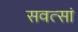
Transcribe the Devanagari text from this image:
सवत्सां